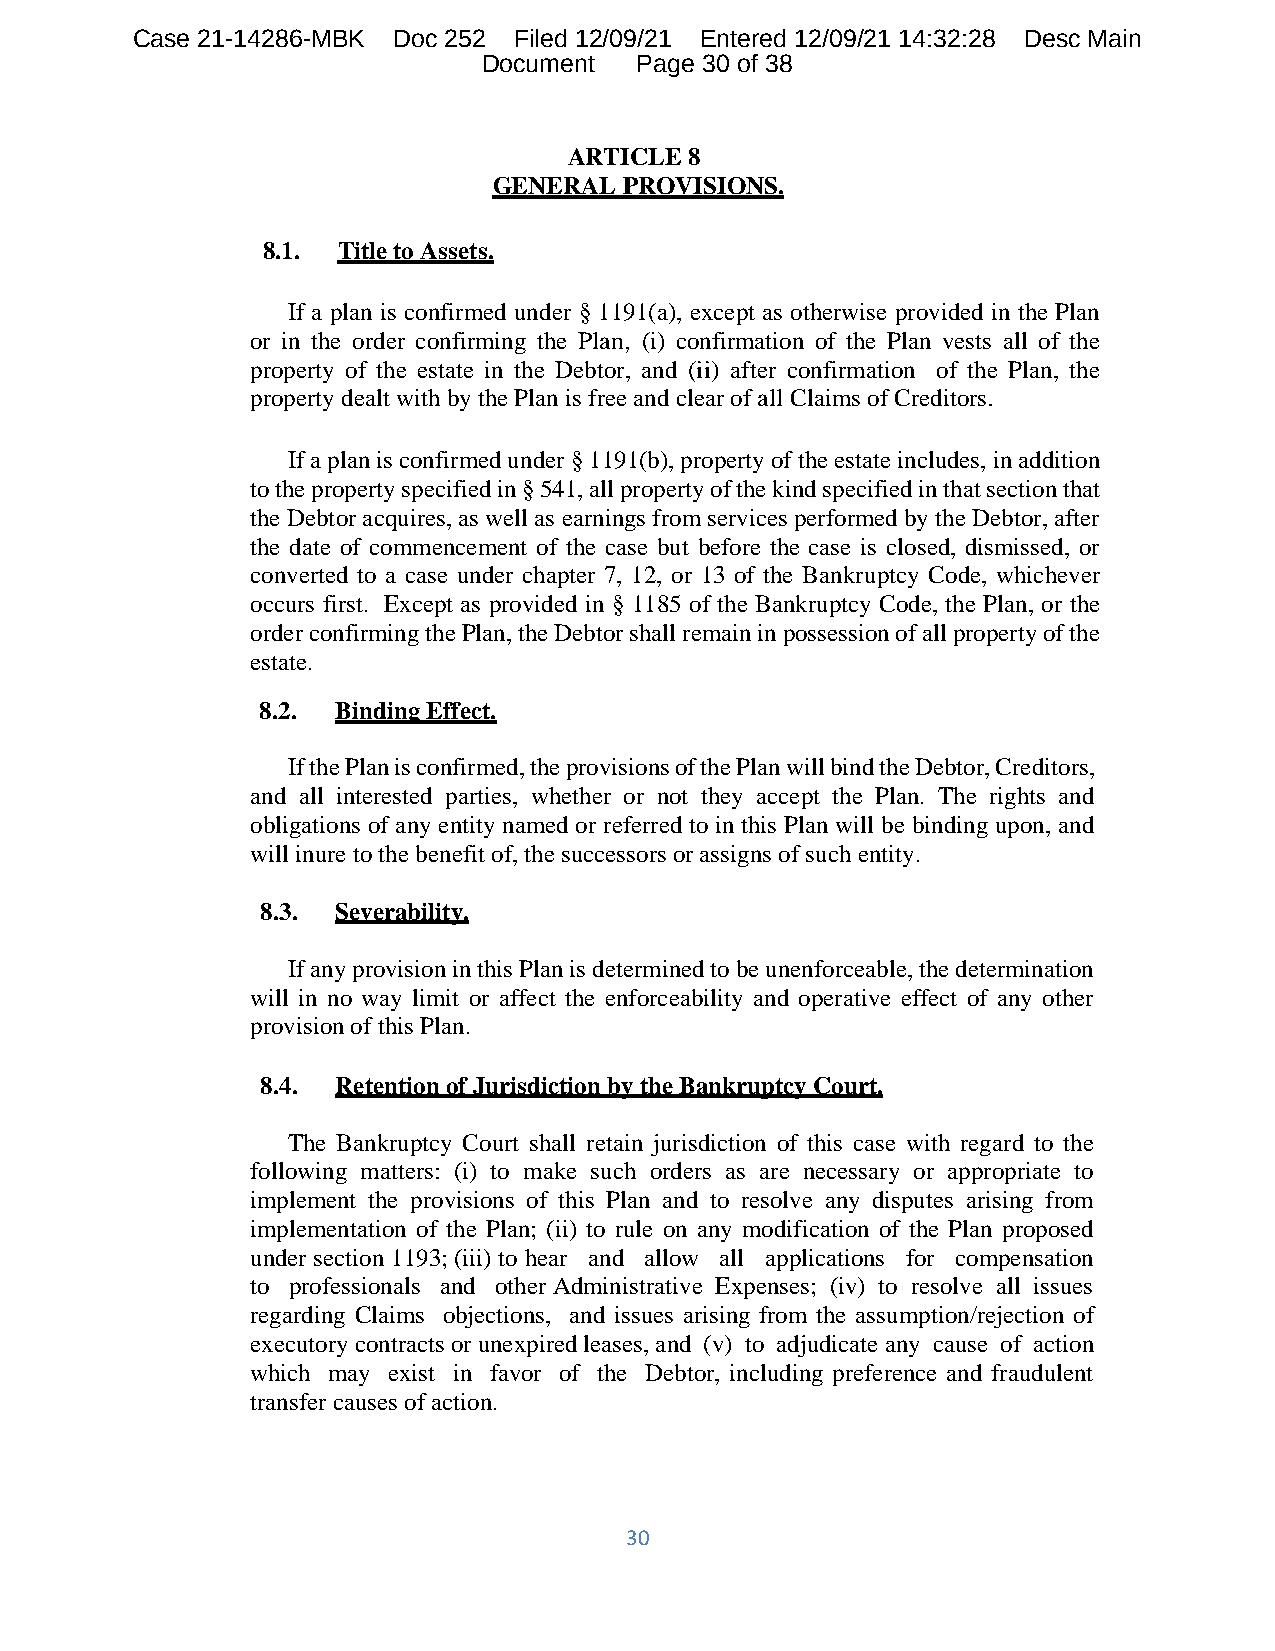
Case 21-14286-MBK Doc 252 Filed 12/09/21 Entered 12/09/21 14:32:28 Desc Main
 Document  Page 30 of 38
 ARTICLE 8
 GENERAL PROVISIONS.
 8.1. Title to Assets.
 If a plan is confirmed under § 1191(a), except as otherwise provided in the Plan
 or in the order confirming the Plan, (i) confirmation of the Plan vests all of the
 property of the estate in the Debtor, and (ii) after confirmation of the Plan, the
 property dealt with by the Plan is free and clear of all Claims of Creditors.
 If a plan is confirmed under § 1191(b), property of the estate includes, in addition
 to the property specified in § 541, all property of the kind specified in that section that
 the Debtor acquires, as well as earnings from services performed by the Debtor, after
 the date of commencement of the case but before the case is closed, dismissed, or
 converted to a case under chapter 7, 12, or 13 of the Bankruptcy Code, whichever
 occurs first. Except as provided in § 1185 of the Bankruptcy Code, the Plan, or the
 order confirming the Plan, the Debtor shall remain in possession of all property of the
 estate.
 8.2. Binding Effect.
 If the Plan is confirmed, the provisions of the Plan will bind the Debtor, Creditors,
 and all interested parties, whether or not they accept the Plan. The rights and
 obligations of any entity named or referred to in this Plan will be binding upon, and
 will inure to the benefit of, the successors or assigns of such entity.
 8.3. Severability.
 If any provision in this Plan is determined to be unenforceable, the determination
 will in no way limit or affect the enforceability and operative effect of any other
 provision of this Plan.
 8.4. Retention of Jurisdiction by the Bankruptcy Court.
 The Bankruptcy Court shall retain jurisdiction of this case with regard to the
 following matters: (i) to make such orders as are necessary or appropriate to
 implement the provisions of this Plan and to resolve any disputes arising from
 implementation of the Plan; (ii) to rule on any modification of the Plan proposed
 under section 1193; (iii) to hear and allow all applications for compensation
 to professionals and other Administrative Expenses; (iv) to resolve all issues
 regarding Claims objections, and issues arising from the assumption/rejection of
 executory contracts or unexpired leases, and (v) to adjudicate any cause of action
 which may exist in favor of the Debtor, including preference and fraudulent
 transfer causes of action.
 30